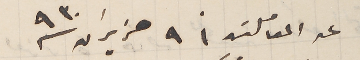
عن المعاملتين ٩ حزيران سنة ٩٣٠